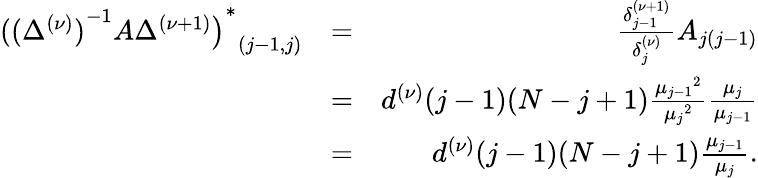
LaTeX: \begin{array}{rlr}{{{({(\Delta^{(\nu)})}^{-1}A\Delta^{(\nu+1)}\big)}^{\ast}}_{(j-1,j)}}&{=}&{\frac{{\delta_{j-1}^{(\nu+1)}}}{\delta_{j}^{(\nu)}}A_{j(j-1)}}\\ &{=}&{d^{(\nu)}(j-1)(N-j+1)\frac{{\mu_{j-1}}^{2}}{{\mu_{j}}^{2}}\frac{\mu_{j}}{\mu_{j-1}}}\\ &{=}&{d^{(\nu)}(j-1)(N-j+1)\frac{\mu_{j-1}}{\mu_{j}}.}\end{array}